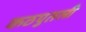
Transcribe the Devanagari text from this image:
कठपुतली